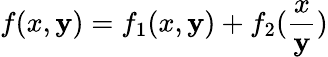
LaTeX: f(x,\mathbf{y})=f_{1}(x,\mathbf{y})+f_{2}(\frac{{x}}{{\mathbf{y}}})